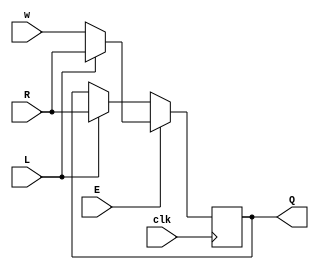
module top_module (
    input               clk ,
    input               w   ,
    input               R   ,
    input               E   ,
    input               L   ,
    output              Q
);

    always @ (posedge clk) begin
        if (E) begin
            if (L)  Q <= R;
            else    Q <= w;
        end
        else begin
            if (L)  Q <= R;
            else    Q <= Q;
        end
    end
        

endmodule